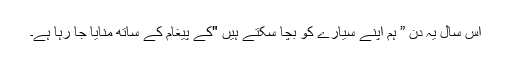
اس سال یہ دن ” ہم اپنے سیارے کو بچا سکتے ہیں "کے پیغام کے ساتھ منایا جا رہا ہے۔